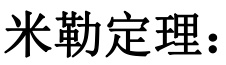
米勒定理：